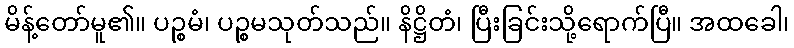
မိန့်တော်မူ၏။ ပဉ္စမံ၊ ပဉ္စမသုတ်သည်။ နိဋ္ဌိတံ၊ ပြီးခြင်းသို့ရောက်ပြီ။ အထခေါ၊